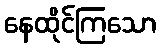
နေထိုင်ကြသော